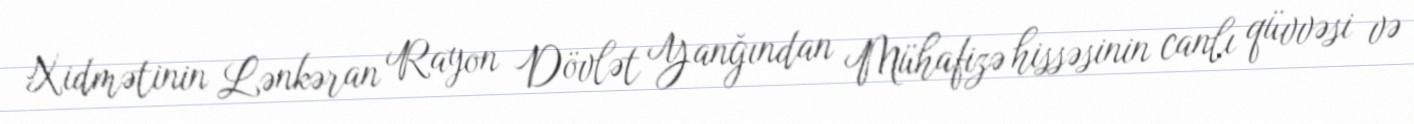
Xidmətinin Lənkəran Rayon Dövlət Yanğından Mühafizə hissəsinin canlı qüvvəsi və